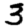
Digit: 3